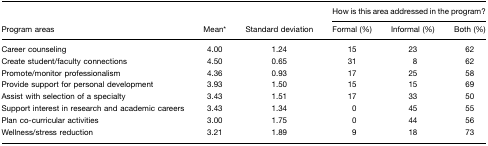
<table><thead><tr><td></td><td></td><td></td><td colspan="3"><b>How is this area addressed in the program?</b></td></tr><tr><td><b>Program areas</b></td><td><b>Mean*</b></td><td><b>Standard deviation</b></td><td><b>Formal (%)</b></td><td><b>Informal (%)</b></td><td><b>Both (%)</b></td></tr></thead><tbody><tr><td>Career counseling</td><td>4.00</td><td>1.24</td><td>15</td><td>23</td><td>62</td></tr><tr><td>Create student/faculty connections</td><td>4.50</td><td>0.65</td><td>31</td><td>8</td><td>62</td></tr><tr><td>Promote/monitor professionalism</td><td>4.36</td><td>0.93</td><td>17</td><td>25</td><td>58</td></tr><tr><td>Provide support for personal development</td><td>3.93</td><td>1.50</td><td>15</td><td>15</td><td>69</td></tr><tr><td>Assist with selection of a specialty</td><td>3.43</td><td>1.51</td><td>17</td><td>33</td><td>50</td></tr><tr><td>Support interest in research and academic careers</td><td>3.43</td><td>1.34</td><td>0</td><td>45</td><td>55</td></tr><tr><td>Plan co-curricular activities</td><td>3.00</td><td>1.75</td><td>0</td><td>44</td><td>56</td></tr><tr><td>Wellness/stress reduction</td><td>3.21</td><td>1.89</td><td>9</td><td>18</td><td>73</td></tr></tbody></table>